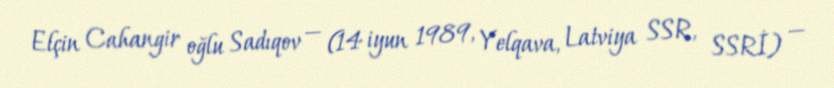
Elçin Cahangir oğlu Sadıqov — (14 iyun 1989, Yelqava, Latviya SSR, SSRİ) —